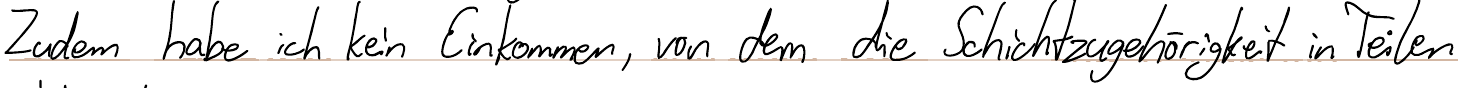
Zudem habe ich kein Einkommen, von dem die Schichtzugehörigkeit in Teilen